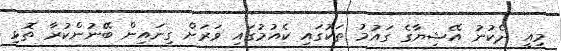
މިއީ ދެކުނު އޭޝިޔާގެ ގައުމު ތަކުގައި ކެއުމުގައި ވަރަށް ގިނައިން ބޭނުންކުރާ ތޮޅި